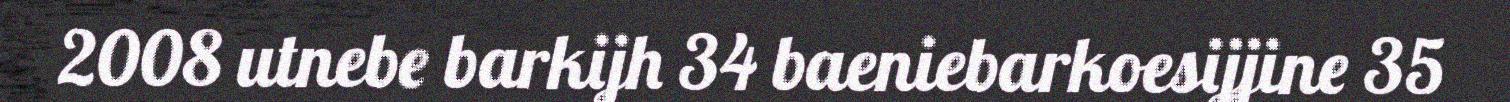
2008 utnebe barkijh 34 baeniebarkoesijjine 35